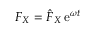
F _ { X } = \hat { F } _ { X } \, \mathrm { e } ^ { \omega t }